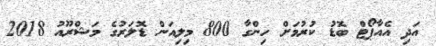
އަދި އެއާޕޯޓް ބޮޑު ކުރުމަށް ހިންގާ 800 މިލިއަން ޑޮލަރުގެ މަޝްރޫއު 2018